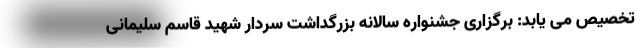
تخصیص می یابد: برگزاری جشنواره سالانه بزرگداشت سردار شهید قاسم سلیمانی